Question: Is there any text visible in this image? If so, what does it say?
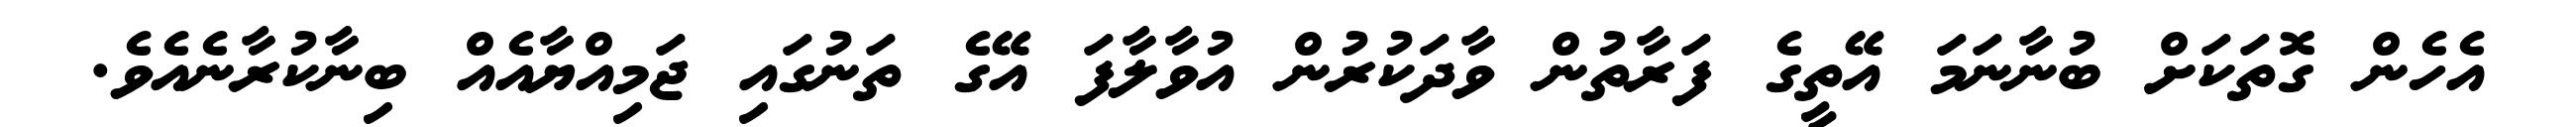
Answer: އެހެން ގޮތަކަށް ބުނާނަމަ އޭތީގެ ފަރާތުން ވާދަކުރުން އުވާލާފަ އޭގެ ތަނުގައި ޖަމިއްޔާއެއް ބިނާކުރާނެއެވެ.